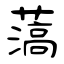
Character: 薃